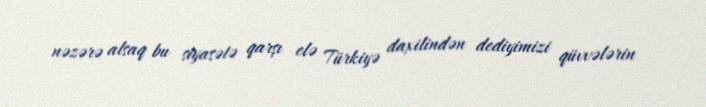
nəzərə alsaq bu siyasətə qarşı elə Türkiyə daxilindən dediyimizi qüvvələrin